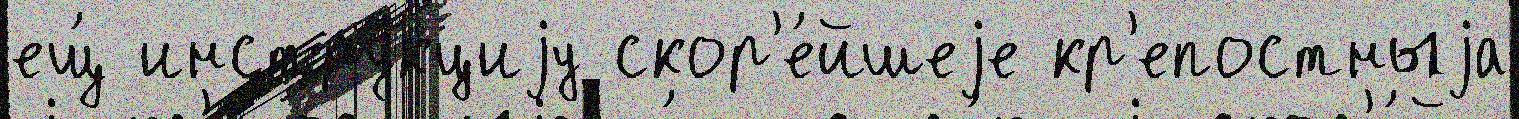
ещ́ инстру́кциjу скор'е́йшеjе кр'епостныjа